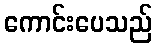
ကောင်းပေသည်